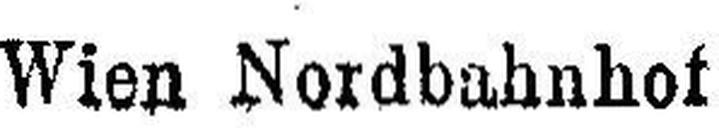
Wien Nordbahnhof